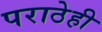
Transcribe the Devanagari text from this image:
पराठेही